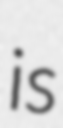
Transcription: is